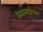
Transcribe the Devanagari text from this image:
हितासाठीपण